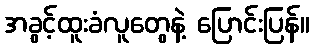
အခွင့်ထူးခံလူတွေနဲ့ ပြောင်းပြန်။